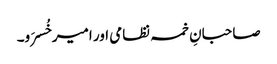
صاحبانِ خمسہ نظامی اور امیر خُسرَو۔